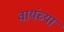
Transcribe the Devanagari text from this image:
वायंच्या